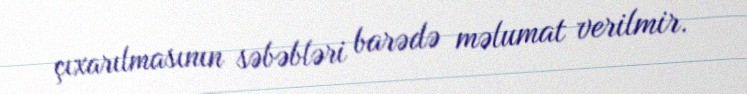
çıxarılmasının səbəbləri barədə məlumat verilmir.